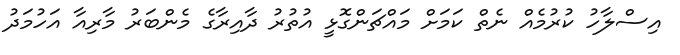
އިސްލާހު ކުރުމެއް ނެތް ކަމަށް މައްޗަންގޮޅީ އުތުރު ދާއިރާގެ މެންބަރު މާރިއާ އަހުމަދު